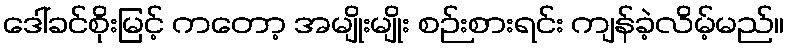
ဒေါ်ခင်စိုးမြင့် ကတော့ အမျိုးမျိုး စဉ်းစားရင်း ကျန်ခဲ့လိမ့်မည်။